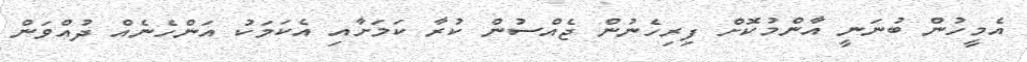
އެމީހުން ބުނަނީ އާންމުކޮށް ފިރިހެނުން ޖެއްސުން ކުރާ ކަމަށާއި އެކަމަކު އަންހެނެއް ދުއްވަން